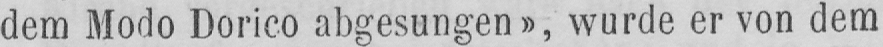
dem Modo Dorico abgesungen», wurde er von dem